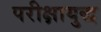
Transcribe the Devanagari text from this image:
परीक्षायुद्ध